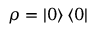
\rho = \left\vert 0 \right\rangle \left\langle 0 \right\vert